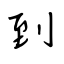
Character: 到